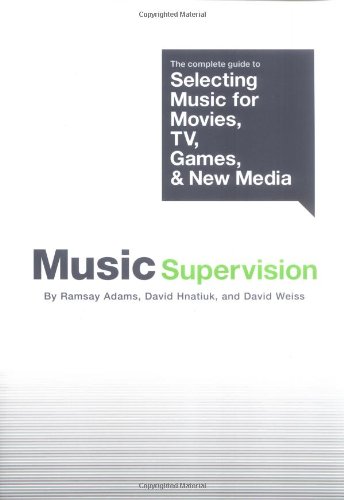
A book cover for Music Supervision: The Complete Guide to Selecting Music for Movies, TV, Games, & New Media; Ramsay Adams; Arts & Photography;